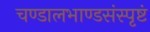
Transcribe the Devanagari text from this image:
चण्डालभाण्डसंस्पृष्टं